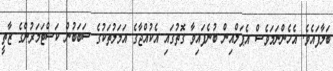
ބަލާފައެވެ. އެހެންނަމަވެސް އެޕަލްއިން ބުނެފައިވާ ގޮތުގައި އެކުއްޖާގެ އަމަލުތަކުގެ ސަބަބުން ކަސްޓަމަރުންގެ ޒާތީ